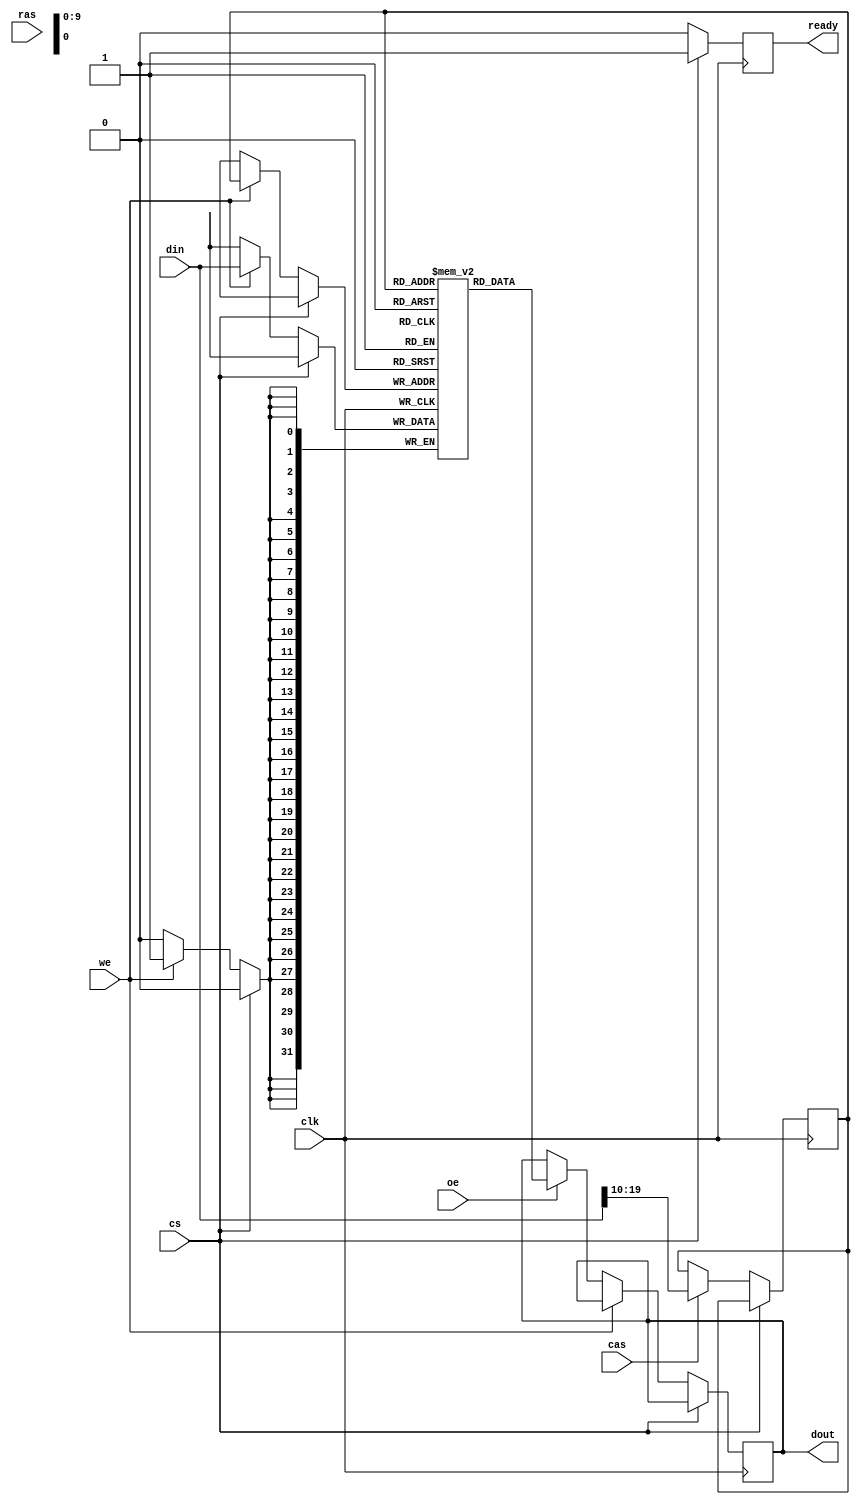
module sdram_io_block (
    input wire clk,          // Clock signal
    input wire cs,           // Chip Select
    input wire ras,          // Row Address Strobe
    input wire cas,          // Column Address Strobe
    input wire we,           // Write Enable
    input wire oe,           // Output Enable
    input wire [31:0] din,   // Data input (32 bits)
    output reg [31:0] dout,   // Data output (32 bits)
    output reg ready         // Ready signal
);

    reg [31:0] memory [0:1023]; // Simple memory array (1KB)
    reg [9:0] row_addr;          // Row address (10 bits for 1024 rows)
    reg [9:0] col_addr;          // Column address (10 bits for 1024 columns)
    reg read_cycle;              // Read cycle flag
    reg write_cycle;             // Write cycle flag

    // State machine for read/write operations
    always @(posedge clk) begin
        if (!cs) begin
            ready <= 0; // Not ready when chip is selected
            if (ras) begin
                // Latch row address on RAS
                row_addr <= din[9:0]; // Assuming row address is in lower bits of din
            end
            if (cas) begin
                // Latch column address on CAS
                col_addr <= din[19:10]; // Assuming column address is in upper bits of din
            end
            if (we) begin
                // Write operation
                write_cycle <= 1;
                memory[{row_addr, col_addr}] <= din; // Write data to memory
            end else if (oe) begin
                // Read operation
                read_cycle <= 1;
                dout <= memory[{row_addr, col_addr}]; // Read data from memory
            end
        end else begin
            ready <= 1; // Ready when chip is not selected
            write_cycle <= 0;
            read_cycle <= 0;
        end
    end

    // Refresh logic (simplified)
    always @(posedge clk) begin
        if (ready) begin
            // Implement refresh logic here (not fully implemented)
            // This could involve cycling through rows and refreshing them
        end
    end

endmodule